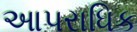
આપરાધિક